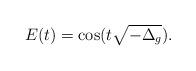
LaTeX: \begin{align*} E(t)= \cos (t\sqrt{-\Delta_g}).\end{align*}